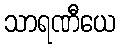
သာရဏီယေ